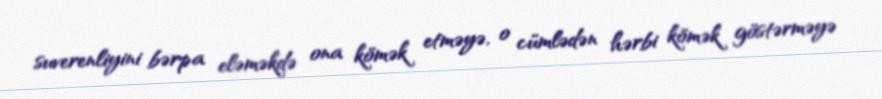
suverenliyini bərpa eləməkdə ona kömək etməyə, o cümlədən hərbi kömək göstərməyə